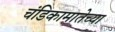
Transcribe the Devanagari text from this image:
चंडिकामातेच्या